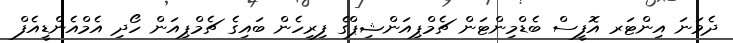
ދެވަނަ އިންޓަރ އޮފީސް ބެޑްމިންޓަން ޗެމްޕިއަންޝިޕްގެ ފިރިހެން ބައިގެ ޗެމްޕިއަން ހޯދި އެމްއެންޑީއެފް